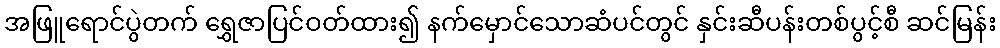
အဖြူရောင်ပွဲတက် ရွှေဇာပြင်ဝတ်ထား၍ နက်မှောင်သောဆံပင်တွင် နှင်းဆီပန်းတစ်ပွင့်စီ ဆင်မြန်း